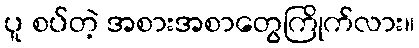
ပူ စပ်တဲ့ အစားအစာတွေကြိုက်လား။